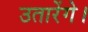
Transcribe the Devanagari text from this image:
उतारेंगे।